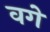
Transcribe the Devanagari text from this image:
वगे